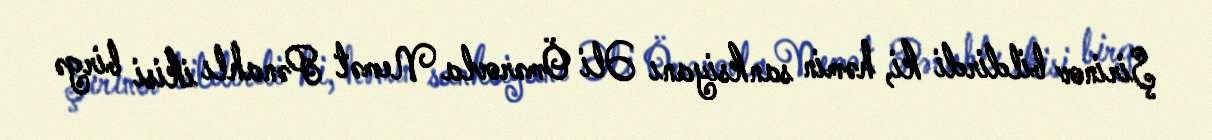
Şirinov bildirdi ki, həmin sanksiyanı Əli Ömərovla Nemət Pənahlı ikisi birgə